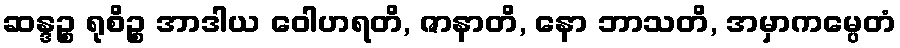
ဆန္ဒဉ္စ ရုစိဉ္စ အာဒါယ ဝေါဟရတိ, ဇာနာတိ, နော ဘာသတိ, အမှာကမ္ပေတံ